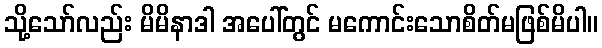
သို့သော်လည်း မိမိနာဒါ အပေါ်တွင် မကောင်းသောစိတ်မဖြစ်မိပါ။